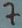
Text: 7